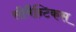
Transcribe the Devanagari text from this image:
सीमैन्टिकस